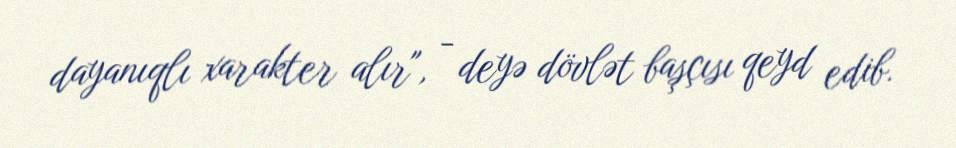
dayanıqlı xarakter alır", - deyə dövlət başçısı qeyd edib.